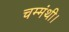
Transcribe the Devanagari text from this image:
चम्मंथी।